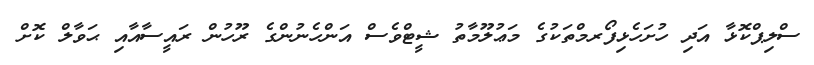
ސްލިޕްކޮޅާ އަދި ހުށަހެޅިފޯރމްތަކުގެ މަޢުލޫމާތު ޝީޓްވެސް އަންހެނުންގެ ރޫހުން ރައީސާއާއި ޙަވާލް ކޮށް